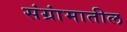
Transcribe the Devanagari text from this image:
संग्रांमातील